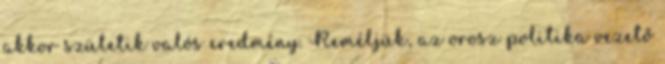
akkor születik valós eredmény. Reméljük, az orosz politika vezető